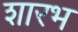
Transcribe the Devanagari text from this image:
शारभ